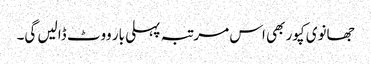
جھانوی کپور بھی اس مرتبہ پہلی بار ووٹ ڈالیں گی۔